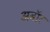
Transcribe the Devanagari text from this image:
अबॉर